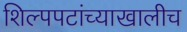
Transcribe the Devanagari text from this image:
शिल्पपटांच्याखालीच